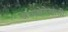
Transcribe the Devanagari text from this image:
अध्यक्षेतेखाली